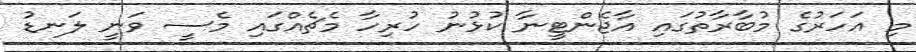
މި އަހަރުގެ މުބާރާތުގައި އާޖެންޓީނާ ކުޅުނު ހުރިހާ މެޗެއްގައި މެސީ ވަނީ ލަނޑު